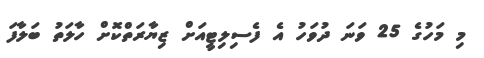
މި މަހުގެ 25 ވަނަ ދުވަހު އެ ފެސިލިޓީއަށް ޒިޔާރަތްކޮށް ހާލަތު ބަލާފަ